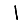
Digit: 1